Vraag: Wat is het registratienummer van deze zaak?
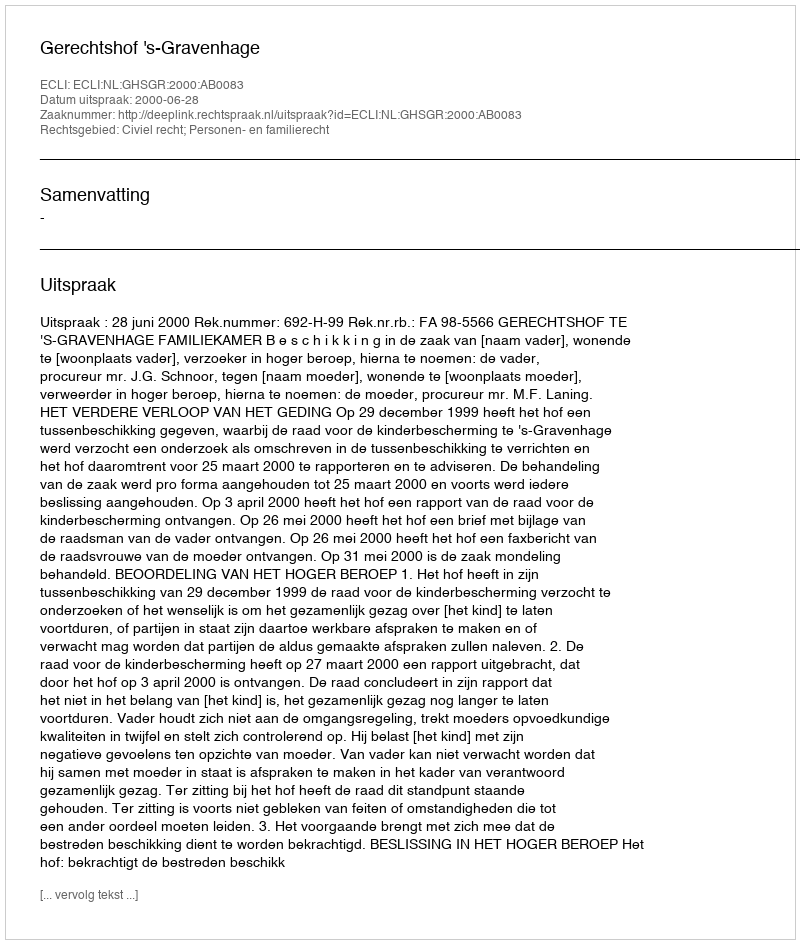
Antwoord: http://deeplink.rechtspraak.nl/uitspraak?id=ECLI:NL:GHSGR:2000:AB0083